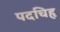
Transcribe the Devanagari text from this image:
पदचिहृ